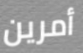
أمرين